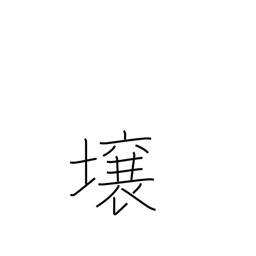
Meaning: lot